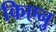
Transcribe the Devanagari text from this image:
किएनु